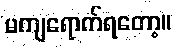
မကျရောက်ရတော့။